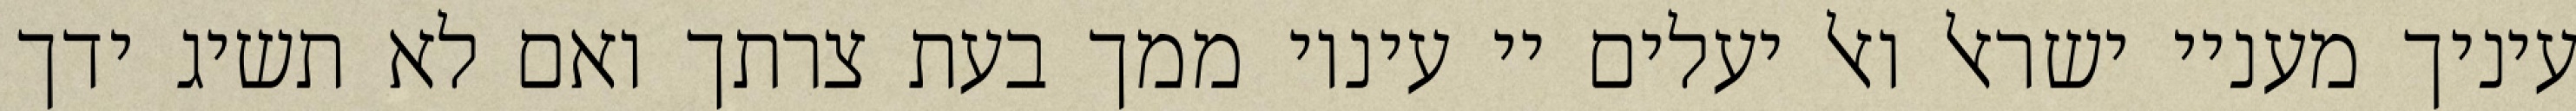
עיניך מעניי ישראל ואל יעלים יי עיניו ממך בעת צרתך ואם לא תשיג ידך